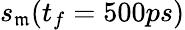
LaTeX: s_{\mathfrak{m}}(t_{f}=500ps)